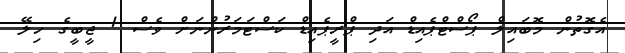
އެގޮތުން މޮބައިލް ޕޯސްޓްޕެއިޑް އަދި ޕްރީޕެއިޑް ކަސްޓަމަރުންނަށް ވެސް 1 ޖީބީގެ ހިލޭ